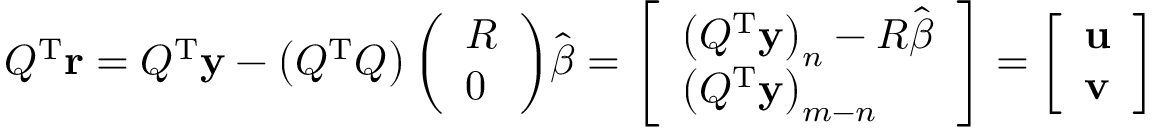
Q ^ { \mathrm { { T } } } \mathbf { r } = Q ^ { \mathrm { { T } } } \mathbf { y } - \left( Q ^ { \mathrm { { T } } } Q \right) { \left( \begin{array} { l } { R } \\ { 0 } \end{array} \right) } { \hat { \boldsymbol { \beta } } } = { \left[ \begin{array} { l } { \left( Q ^ { \mathrm { { T } } } \mathbf { y } \right) _ { n } - R { \hat { \boldsymbol { \beta } } } } \\ { \left( Q ^ { \mathrm { { T } } } \mathbf { y } \right) _ { m - n } } \end{array} \right] } = { \left[ \begin{array} { l } { \mathbf { u } } \\ { \mathbf { v } } \end{array} \right] }